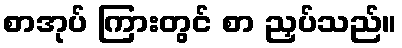
စာအုပ် ကြားတွင် စာ ညှပ်သည်။